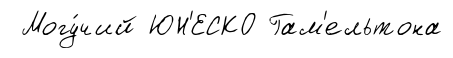
Могу́чий ЮН'ЕСКО Гам'ельтона